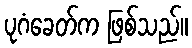
ပုဂံခေတ်က ဖြစ်သည်။